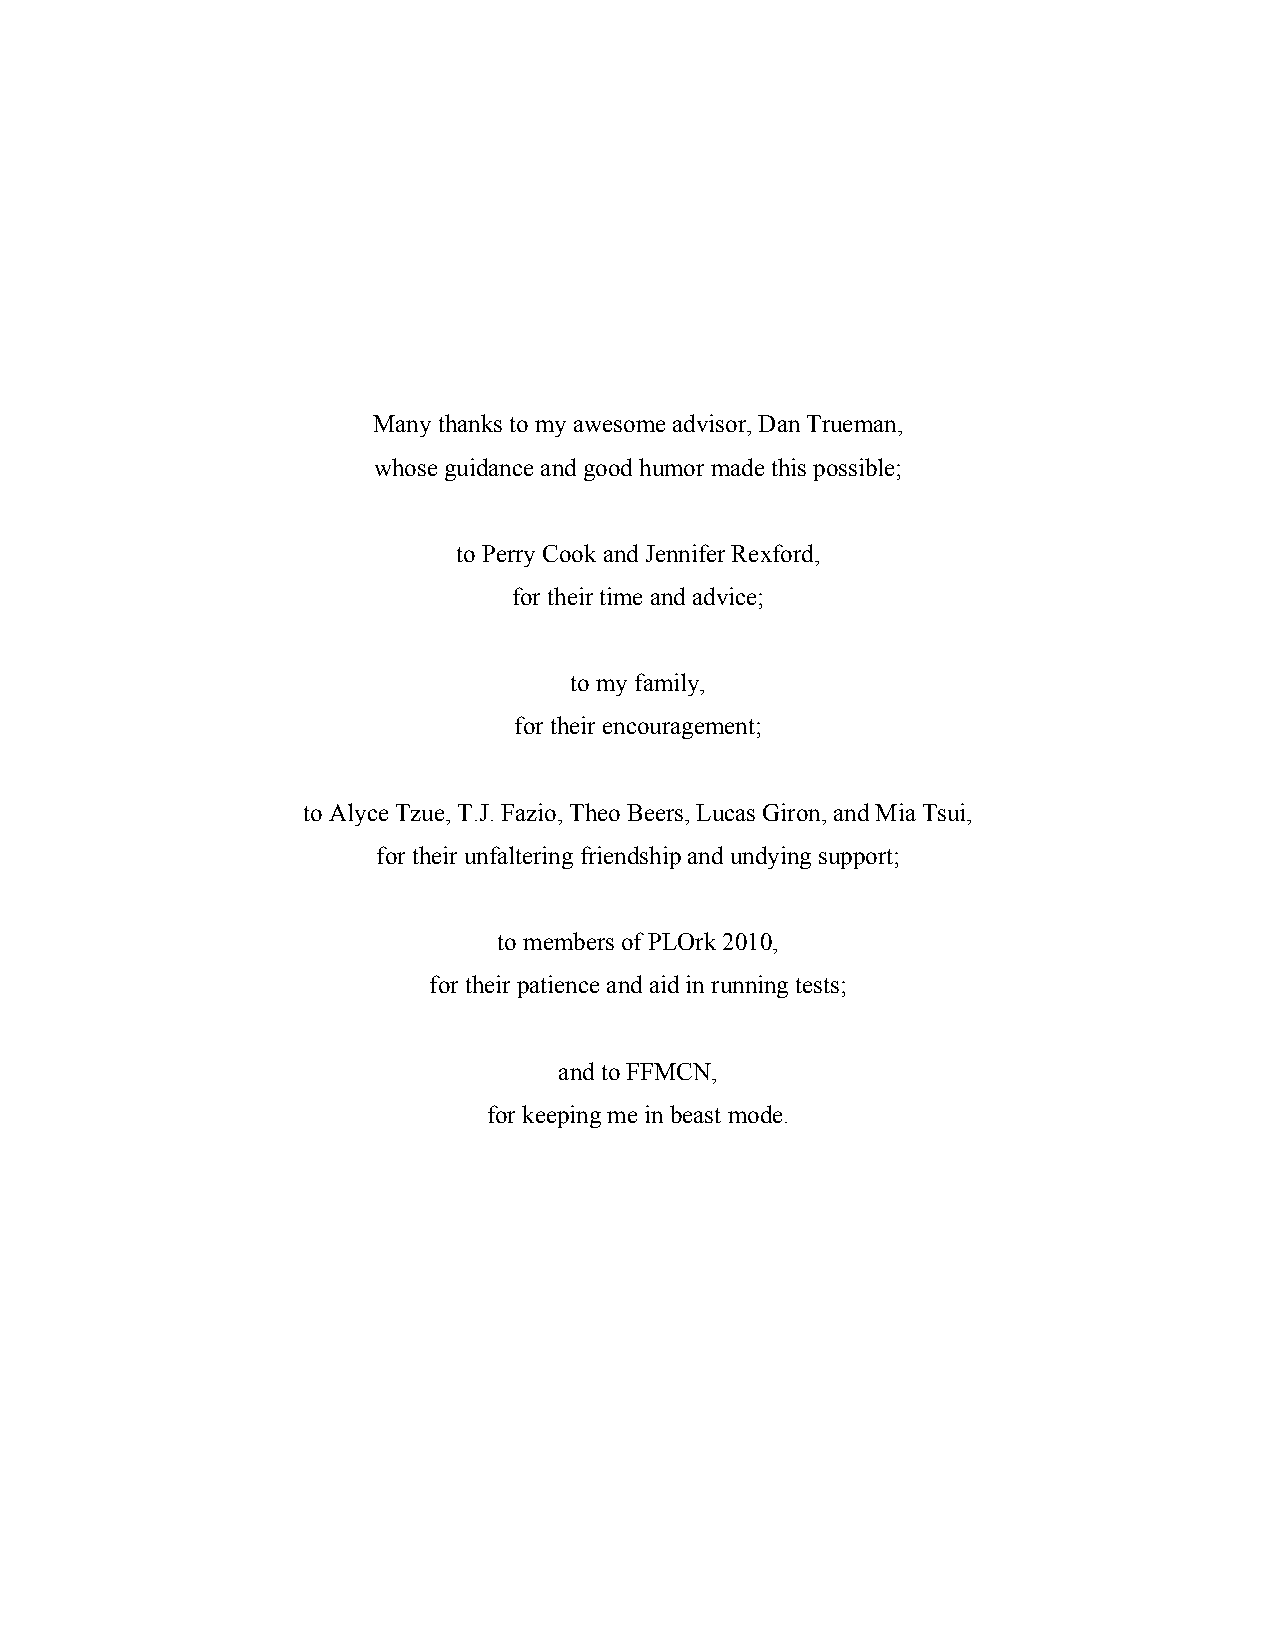
Many thanks to my awesome advisor, Dan Trueman,
 whose guidance and good humor made this possible;
 to Perry Cook and Jennifer Rexford,
 for their time and advice;
 to my family,
 for their encouragement;
 to Alyce Tzue, T.J. Fazio, Theo Beers, Lucas Giron, and Mia Tsui,
 for their unfaltering friendship and undying support;
 to members of PLOrk 2010,
 for their patience and aid in running tests;
 and to FFMCN,
 for keeping me in beast mode.